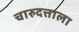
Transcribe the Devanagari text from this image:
चारुदत्ताला